system: You are a helpful assistant.
user:
Analyze the provided spectrum to determine if it is a **Carbon Star (C-type)**.

- **Key Visual Indicators of Carbon Star:**
    - **(Primary):** Strong molecular absorption from **C₂ (diatomic carbon) "Swan Bands."** This is the **defining feature** of a carbon star.
        - **(Key Bandheads):** Sharp absorption edges are visible at approximately $5635$ Å, $5165$ Å (the strongest band), and $4737$ Å.
        - **(Line Profile):** Creates a distinct **"saw-tooth"** pattern. The key morphology is a sharp, steep bandhead on the **red (long-wavelength) side**, which then gradually tapers off (i.e., flux recovers) towards the **blue (short-wavelength) side**. *(This is the direct opposite of the TiO bands seen in M-type stars)*.

    - **(Secondary):** Intense **CN (cyanogen)** molecular absorption bands.
        - **(Key Bandheads):** Located in the blue and violet regions of the spectrum (e.g., near $4215$ Å and $3883$ Å).
        - **(Morphology):** These bands are extremely broad and act as a "blanket," absorbing the vast majority of blue and violet light. This creates a characteristic **"cliff"** or **"steep drop-off"** in the spectrum's flux at short wavelengths.

    - **(Key Confirmation):** Strong **CH absorption band (G-band)**.
        - **(Key Bandhead):** Located around $4300$ Å. The contribution from CH molecules to this band is exceptionally strong.

    - **(Overall Spectrum):**
        - The continuum is severely "chopped up" by these deep molecular bands, especially C₂, rather than appearing as a smooth curve.
        - Due to the heavy CN and C₂ absorption in the blue-green, the vast majority of the star's flux is concentrated in the red part of the spectrum, giving the star its characteristic deep red color.

Think first, call **spectral_visualization_tool** if needed to examine features in detail, then provide your final answer. Your response must adhere to the following strict rules:
1.  **Overall Structure:** Your response must follow the format `<think>...</think> <tool_call>...</tool_call> (if a tool is used) <answer>...</answer>`.
2.  **Tool Usage Constraint:** You may only make **one** tool call per turn.
3.  **Final Answer Format:** In the `<answer>` tag, your conclusion must be inside a `\boxed{}` command (e.g., `\boxed{YES}`), followed by your justification.

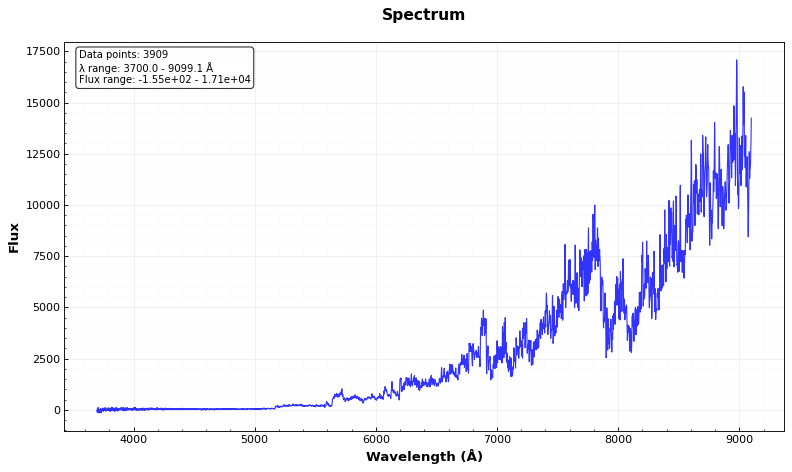
Answer: YES